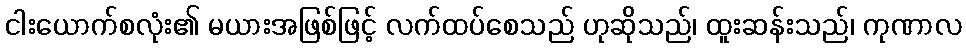
ငါးယောက်စလုံး၏ မယားအဖြစ်ဖြင့် လက်ထပ်စေသည် ဟုဆိုသည်၊ ထူးဆန်းသည်၊ ကုဏာလ